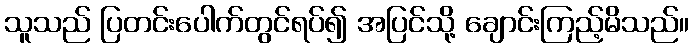
သူသည် ပြတင်းပေါက်တွင်ရပ်၍ အပြင်သို့ ချောင်းကြည့်မိသည်။